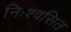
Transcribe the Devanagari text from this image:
निःश्वसित